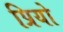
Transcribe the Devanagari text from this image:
प्रियो